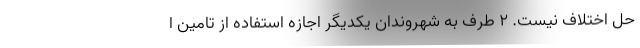
حل اختلاف نیست. ۲ طرف به شهروندان یکدیگر اجازه استفاده از تامین ا